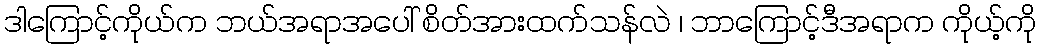
ဒါကြောင့်ကိုယ်က ဘယ်အရာအပေါ် စိတ်အားထက်သန်လဲ ၊ ဘာကြောင့်ဒီအရာက ကိုယ့်ကို